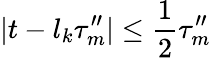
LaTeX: |t-l_{k}\tau_{m}^{\prime\prime}|\leq\frac 12\tau_{m}^{\prime\prime}